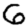
Digit: 6